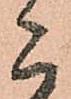
こ